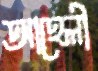
আহেলী